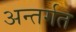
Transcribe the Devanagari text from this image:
अन्तर्गत